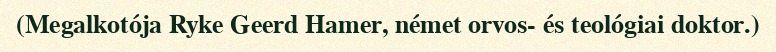
(Megalkotója Ryke Geerd Hamer, német orvos- és teológiai doktor.)